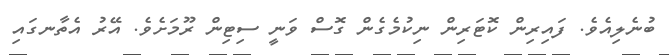
ބުނެލިއެވެ. ފައިރިން ކޮޓަރިން ނިކުމެގެން ގޮސް ވަނީ ސިޓިން ރޫމަށެވެ. އޭރު އެތާނގައި